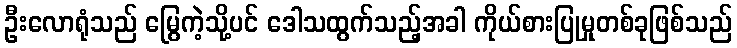
ဦးလောရုံသည် မြွေကဲ့သို့ပင် ဒေါသထွက်သည့်အခါ ကိုယ်စားပြုမှုတစ်ခုဖြစ်သည်